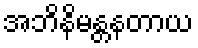
အဘိနိမန္တနတာယ